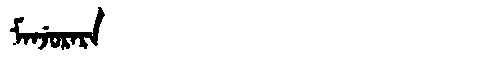
Manchu: ᠮᠠᠨᠵᡠᡵᠠᡵᠠ
Romanization: MANJURARA